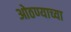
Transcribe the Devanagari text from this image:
ओठण्याच्या